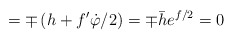
\begin{align*}=\mp \left( h+f^{\prime }\dot \varphi /2\right) =\mp \bar he^{f/2}=0\end{align*}